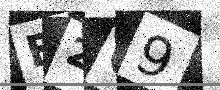
Text: B2Q9